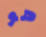
هو